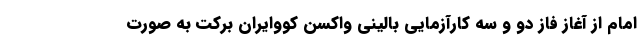
امام از آغاز فاز دو و سه کارآزمایی بالینی واکسن کووایران برکت به صورت